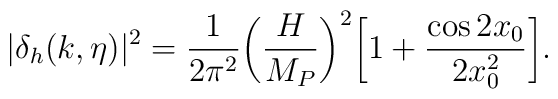
|\delta_{h}(k, \eta)|^2 = \frac{1}{2 \pi^2} \biggl(\frac{H}{M_{P}}\biggr)^2\biggl[ 1 + \frac{\cos{2 x_0}}{2 x_0^2}\biggr].